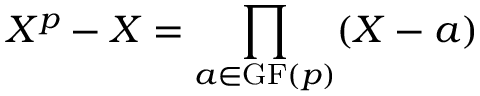
X ^ { p } - X = \prod _ { a \in \mathrm { { G F } } ( p ) } ( X - a )